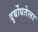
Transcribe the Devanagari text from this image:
दुर्बोधतेला